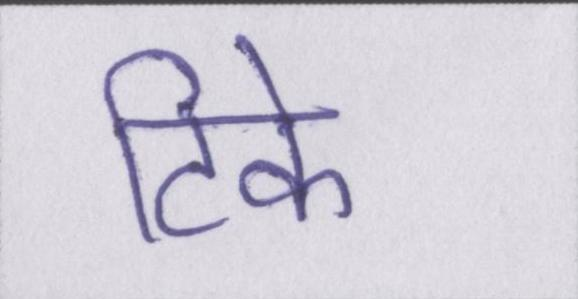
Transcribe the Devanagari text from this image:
टिके